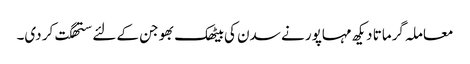
معاملہ گرماتا دیکھ مہاپور نے سدن کی بیٹھک بھوجن کے لئے ستھگت کر دی۔